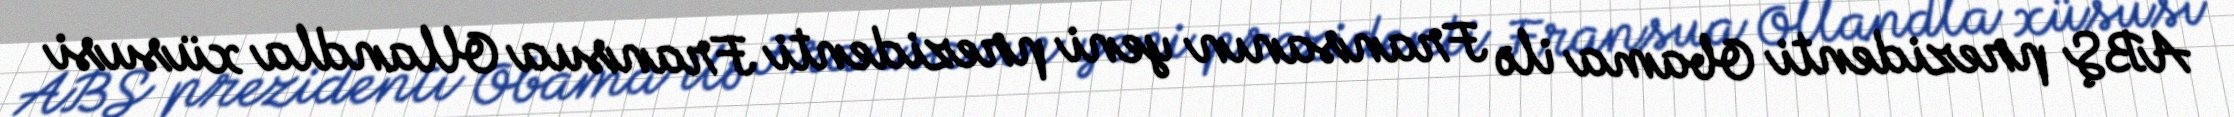
ABŞ prezidenti Obama ilə Fransanın yeni prezidenti Fransua Ollandla xüsusi